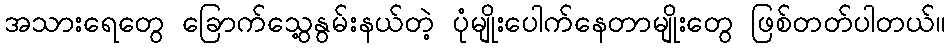
အသားရေတွေ ခြောက်သွေ့နွမ်းနယ်တဲ့ ပုံမျိုးပေါက်နေတာမျိုးတွေ ဖြစ်တတ်ပါတယ်။